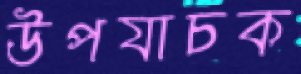
উপযাচক